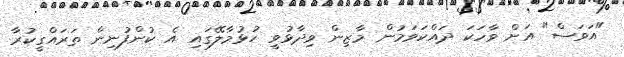
"އަވަސް" އަށް ވާހަކަ ދައްކަވަމުން މާޒިން ވިދާޅުވީ ހުޅުމާލޭގައި އެ ކުންފުނިން ތަރައްގީކުރާ